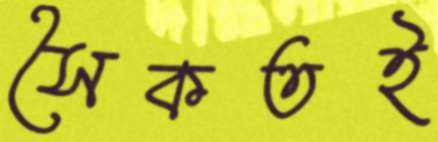
সৈকতই